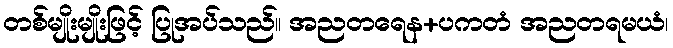
တစ်မျိုးမျိုးဖြင့် ပြုအပ်သည်။ အညတရေန+ပကတံ အညတရမယံ၊